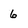
Character: 6